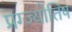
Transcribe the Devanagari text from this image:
प्रग्ज्योतिष